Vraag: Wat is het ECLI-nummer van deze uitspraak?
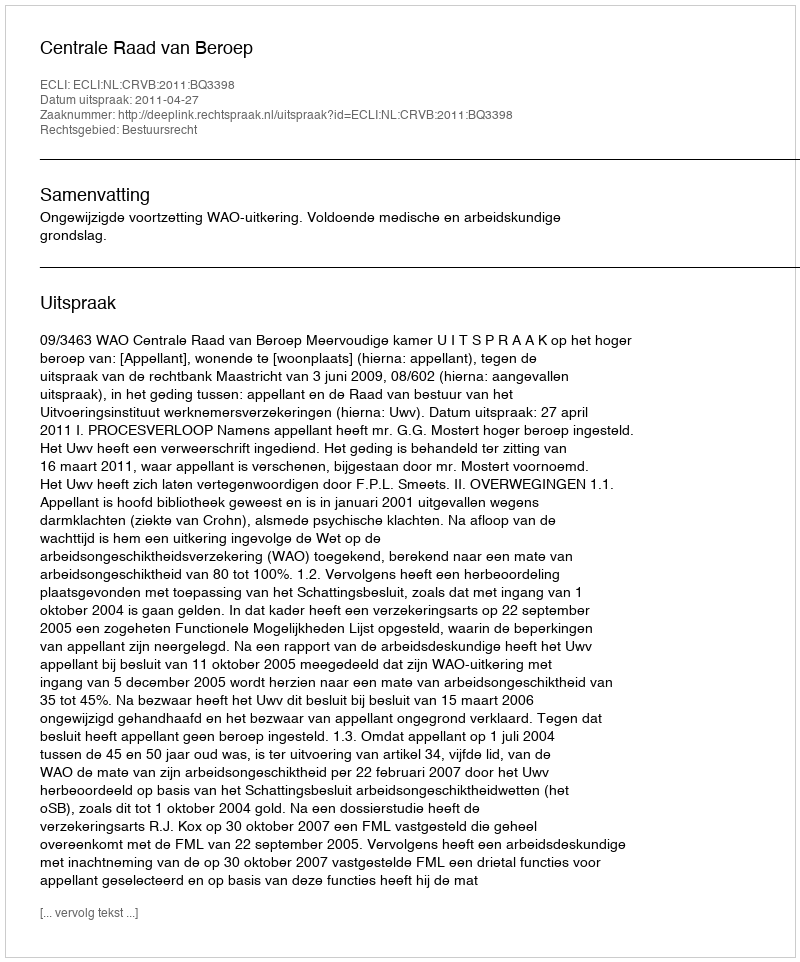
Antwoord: ECLI:NL:CRVB:2011:BQ3398